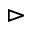
\vartriangleright